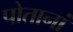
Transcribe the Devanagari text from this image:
पोतानां